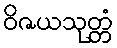
ဝိဇယသုတ္တံ